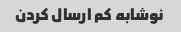
نوشابه کم ارسال کردن